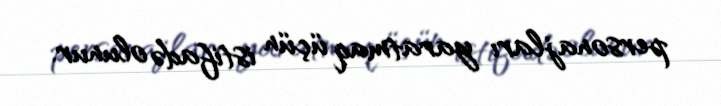
personajları yaratmaq üçün istifadə olunur.